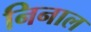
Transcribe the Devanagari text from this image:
निनाल